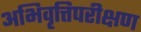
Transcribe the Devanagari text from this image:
अभिवृत्तिपरीक्षण